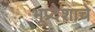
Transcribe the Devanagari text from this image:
भूप्र्देशाचे